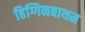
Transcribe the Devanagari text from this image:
हिग्गिनबाथम